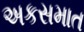
અકસમાત